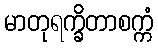
မာတုရက္ခိတာစက္ကံ